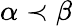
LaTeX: \alpha\prec\beta